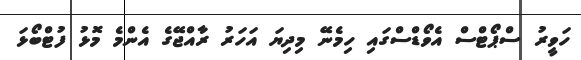
ހަވީރު ސްޕޯޓްސް އެވޯޑްސްގައި ހިމެނޭ މިދިޔަ އަހަރު ރާއްޖޭގެ އެންމެ މޮޅު ފުޓްބޯޅަ